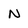
Character: N